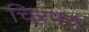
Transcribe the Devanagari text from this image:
चिरंपत्त